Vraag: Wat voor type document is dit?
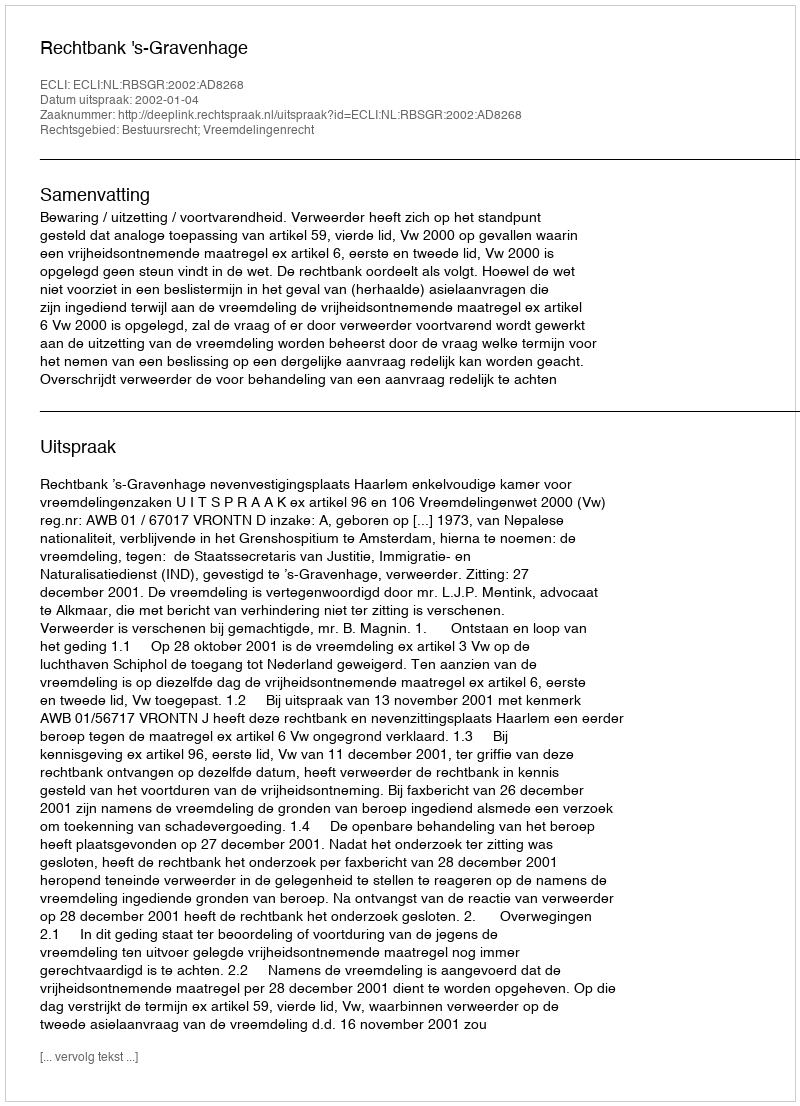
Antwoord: Uitspraak